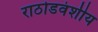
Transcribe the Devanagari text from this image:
राठोडवंशीय